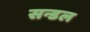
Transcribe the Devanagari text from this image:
सन्डल